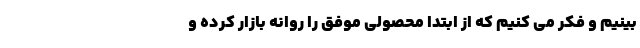
بینیم و فکر می کنیم که از ابتدا محصولی موفق را روانه بازار کرده و